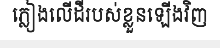
ភ្លៀងលើដីរបស់ខ្លួនឡើងវិញ